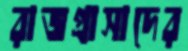
রাজপ্রাসাদের